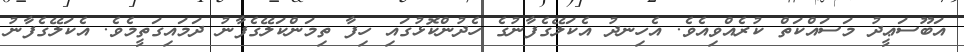
އަބޫސަޢީދު މަސައްކަތް ކުރެއްވިއެވެ. އެހިނދު އެކަލޭގެފާނުގެ ހެދުންކޮޅުގައި ހިފާ ތިމަންކަލޭގެފާނު ދަމައިގަތީމެވެ. އެކަލޭގެފާނު